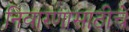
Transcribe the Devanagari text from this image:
निवारणासाठीचे